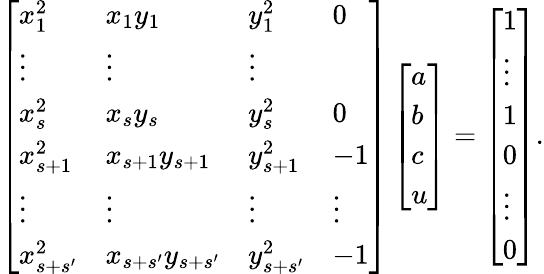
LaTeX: \left[\begin{array}{llll}{x_{1}^{2}}&{x_{1}y_{1}}&{y_{1}^{2}}&{0}\\ {\vdots}&{\vdots}&{\vdots}\\ {x_{s}^{2}}&{x_{s}y_{s}}&{y_{s}^{2}}&{0}\\ {x_{s+1}^{2}}&{x_{s+1}y_{s+1}}&{y_{s+1}^{2}}&{-1}\\ {\vdots}&{\vdots}&{\vdots}&{\vdots}\\ {x_{s+s^{\prime}}^{2}}&{x_{s+s^{\prime}}y_{s+s^{\prime}}}&{y_{s+s^{\prime}}^{2}}&{-1}\end{array}\right]\left[\begin{array}{l}{a}\\ {b}\\ {c}\\ {u}\end{array}\right]=\left[\begin{array}{l}{1}\\ {\vdots}\\ {1}\\ {0}\\ {\vdots}\\ {0}\end{array}\right].